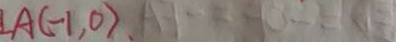
L A ( - 1 , 0 ) .